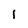
Character: i